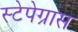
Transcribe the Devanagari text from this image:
स्टेपेग्रास